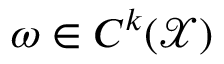
\omega \in C ^ { k } ( \mathcal { X } )